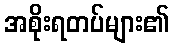
အစိုးရတပ်များ၏